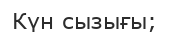
Күн сызығы;